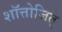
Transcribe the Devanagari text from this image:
शॉत्तोजित्